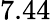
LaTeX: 7.44